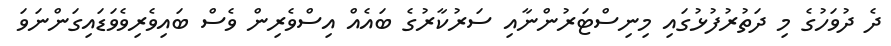
ދެ ދުވަހުގެ މި ދަތުރުފުޅުގައި މިނިސްޓަރުންނާއި ސަރުކާރުގެ ބައެއް އިސްވެރިން ވެސް ބައިވެރިވެވަޑައިގަންނަވަ